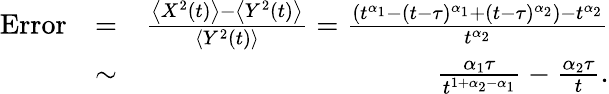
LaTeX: \begin{array}{rlr}{\mathrm{Error}}&{=}&{\frac{\left<X^{2}(t)\right>-\left<Y^{2}(t)\right>}{\left<Y^{2}(t)\right>}=\frac{\left(t^{\alpha_{1}}-(t-\tau)^{\alpha_{1}}+(t-\tau)^{\alpha_{2}}\right)-t^{\alpha_{2}}}{t^{\alpha_{2}}}}\\ &{\sim}&{\frac{\alpha_{1}\tau}{t^{1+\alpha_{2}-\alpha_{1}}}-\frac{\alpha_{2}\tau}{t}.}\end{array}